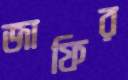
জাফির